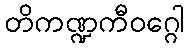
တိကဏ္ဍကီဝဂ္ဂေါ